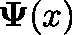
\mathbf { \Psi } ( x )